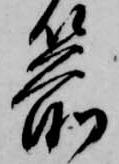
箭